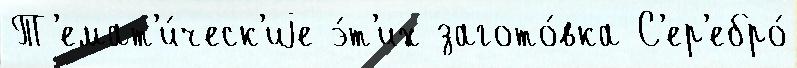
Т'емат'и́ческ'иjе э́т'их загото́вка С'ер'ебро́